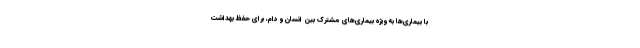
با بیماری‌ها به ویژه بیماری‌های مشترک بین انسان و دام، برای حفظ بهداشت